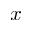
x